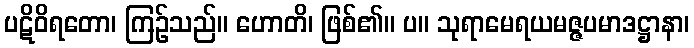
ပဋိဝိရတော၊ ကြဉ်သည်။ ဟောတိ၊ ဖြစ်၏။ ပ။ သုရာမေရယမဇ္ဇပမာဒဋ္ဌာနာ၊